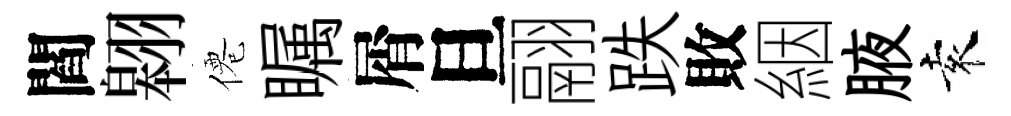
閻翱僊瞩屑旦翮跌敗絪腋袁